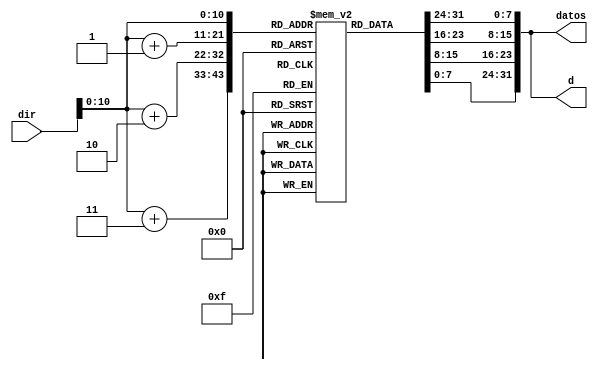
//Modulo memoria de instrucciones
module INST_MEM(
	input [31:0] dir,
	output reg [31:0] datos,d
);
reg [7:0] MR [0:2047];


always@*
	begin
		//Da salida a la instuccion completa originalmente dividida en 4 secciones
		datos={MR[dir],MR[dir+1],MR[dir+2],MR[dir+3]};
		d=datos;
	end
endmodule